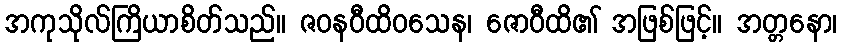
အကုသိုလ်ကြိယာစိတ်သည်။ ဇဝနဝီထိဝသေန၊ ဇောဝီထိ၏ အဖြစ်ဖြင့်။ အတ္တနော၊